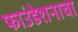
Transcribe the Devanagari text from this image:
फाउंडेशनाचा